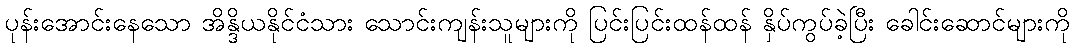
ပုန်းအောင်းနေသော အိန္ဒိယနိုင်ငံသား သောင်းကျန်းသူများကို ပြင်းပြင်းထန်ထန် နှိပ်ကွပ်ခဲ့ပြီး ခေါင်းဆောင်များကို